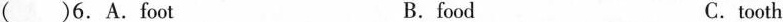
( )6.A.foot B.food C.tooth